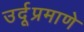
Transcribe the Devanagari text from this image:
उर्दूप्रमाणे